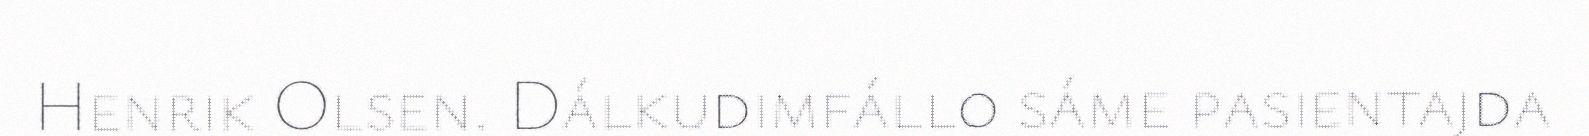
Henrik Olsen. Dálkudimfállo sáme pasientajda